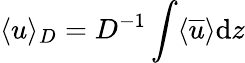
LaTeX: \langle u\rangle_{D}=D^{-1}\int\langle\overline{{u}}\rangle\mathrm{d}z